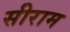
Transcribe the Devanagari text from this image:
सीराम